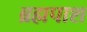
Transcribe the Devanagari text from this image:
ब्रह्मपाश